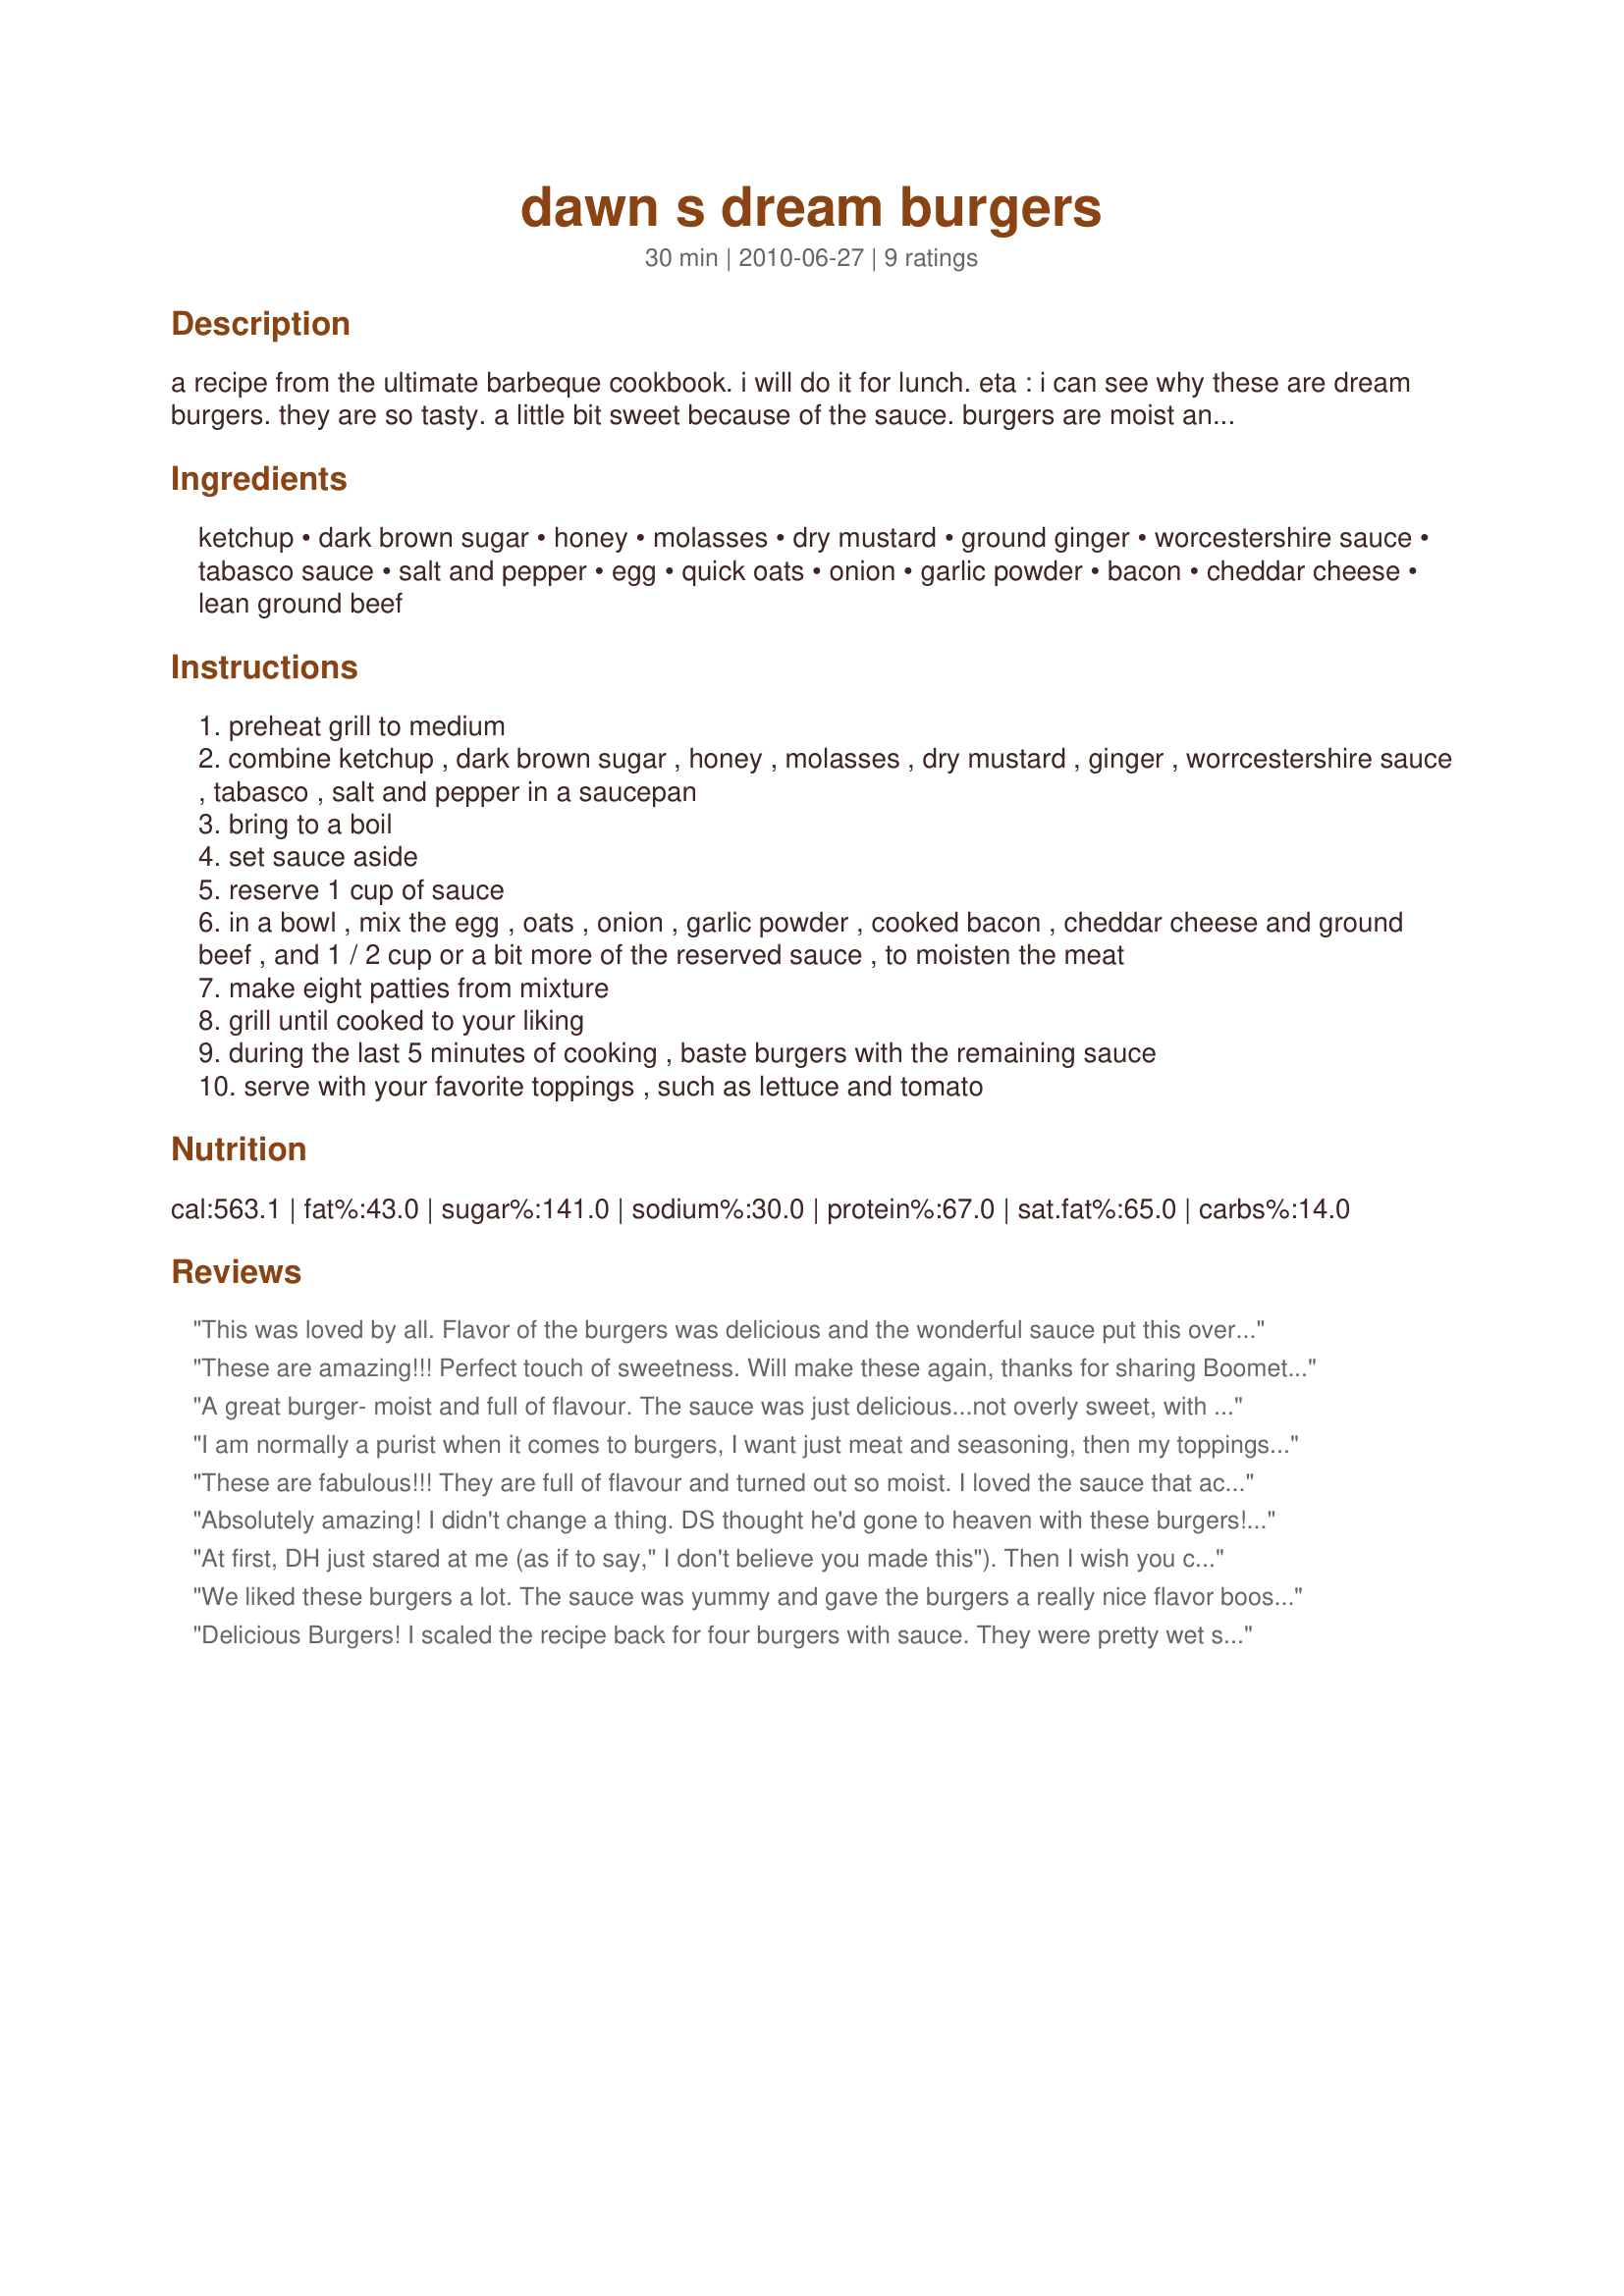
dawn s dream burgers
Preparation time: 30 minutes

a recipe from the ultimate barbeque cookbook. i will do it for lunch. eta : i can see why these are dream burgers. they are so tasty. a little bit sweet because of the sauce. burgers are moist and were easy to cook on the barbecue.

Ingredients:
ketchup, dark brown sugar, honey, molasses, dry mustard, ground ginger, worcestershire sauce, tabasco sauce, salt and pepper, egg, quick oats, onion, garlic powder, bacon, cheddar cheese, lean ground beef

Steps:
preheat grill to medium
combine ketchup , dark brown sugar , honey , molasses , dry mustard , ginger , worrcestershire sauce , tabasco , salt and pepper in a saucepan
bring to a boil
set sauce aside
reserve 1 cup of sauce
in a bowl , mix the egg , oats , onion , garlic powder , cooked bacon , cheddar cheese and ground beef , and 1 / 2 cup or a bit more of the reserved sauce , to moisten the meat
make eight patties from mixture
grill until cooked to your liking
during the last 5 minutes of cooking , baste burgers with the remaining sauce
serve with your favorite toppings , such as lettuce and tomato

Reviews:
This was loved by all. Flavor of the burgers was delicious and the wonderful sauce put this over the top. Made for PRMR
These are amazing!!! Perfect touch of sweetness. Will make these again, thanks for sharing Boomette :)
A great burger- moist and full of flavour. The sauce was just delicious...not overly sweet, with a gentle warmth from the ginger.<br/>I'd like to try this using Gailanng's recipe# 430587#430587, (purely because we're addicted to it).<br/>A top burger recipe Boomie, thanks for sharing it!!<br/>Made for PRMR.
I am normally a purist when it comes to burgers, I want just meat and seasoning, then my toppings. Having said that, this was the tastiest burger I have ever had. It stayed together great and was just really flavorful. I did pan fry them because we don't have a grill. I hav ethe leftover sauce in the fridge and can't wait to use that for something soon. Yum.
These are fabulous!!! They are full of flavour and turned out so moist. I loved the sauce that accompanied these and have poured the rest into an empty ketchup bottle to be enjoyed at the next BBQ.The sauce would go with just about any cooked meat, very delicious. I loved the little kick that came through which paired perfectly with the sweetness, I was worried they may be overly sweet but it was just perfect. I will definitely be making again and they were the perfect hamburgers to enjoy on our first sunny day in about 2 weeks.. Glad I waited for the rain to stop so I could cook them on the BBQ.I served ours with homemade super fat chips for a truly delicious meal. Really awesome hamburgers Boomette.. A huge thumbs up from the whole family.. :)
Absolutely amazing! I didn't change a thing. DS thought he'd gone to heaven with these burgers!! Made for 123 Hits!
At first, DH just stared at me (as if to say," I don't believe you made this"). Then I wish you could've been a fly on the wall to hear ALL the compliments flying. My family ABSOLUTELY LOVED THIS!! DD described it as "the source of happiness - on a plate." All the flavors blended together perfectly and it was so moist. Will definately be a repeat. Made for 123 Hit Wonders.
We liked these burgers a lot. The sauce was yummy and gave the burgers a really nice flavor boost. I put the oats in the processor and just lightly buzzed them around to break them up a little so they wouldn't notice them in the burgers. My family thinks they don't like oats. Hahaha. I put them in a bunch of stuff but use this trick every time. They never know they're in there.
Delicious Burgers! I scaled the recipe back for four burgers with sauce. They were pretty wet so I let them set up in the fridge for a couple of hours before grilling. DH grilled them til done then glazed one side and gave them one last flip before topping with cheese. He said they were still pretty delicate but managed to get them in the house in one piece. Before dressing mine I tasted it. For tonight, I thought all it needed was one more very light glaze of sauce and the slightest bit of mayo on the butter toasted bun. No crunch from lettuce or pickle as I had a macaroni salad with plenty of crunch in it. Great burger that I won't hesitate to use again. Thanks for posting!
